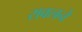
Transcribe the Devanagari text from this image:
रावलने